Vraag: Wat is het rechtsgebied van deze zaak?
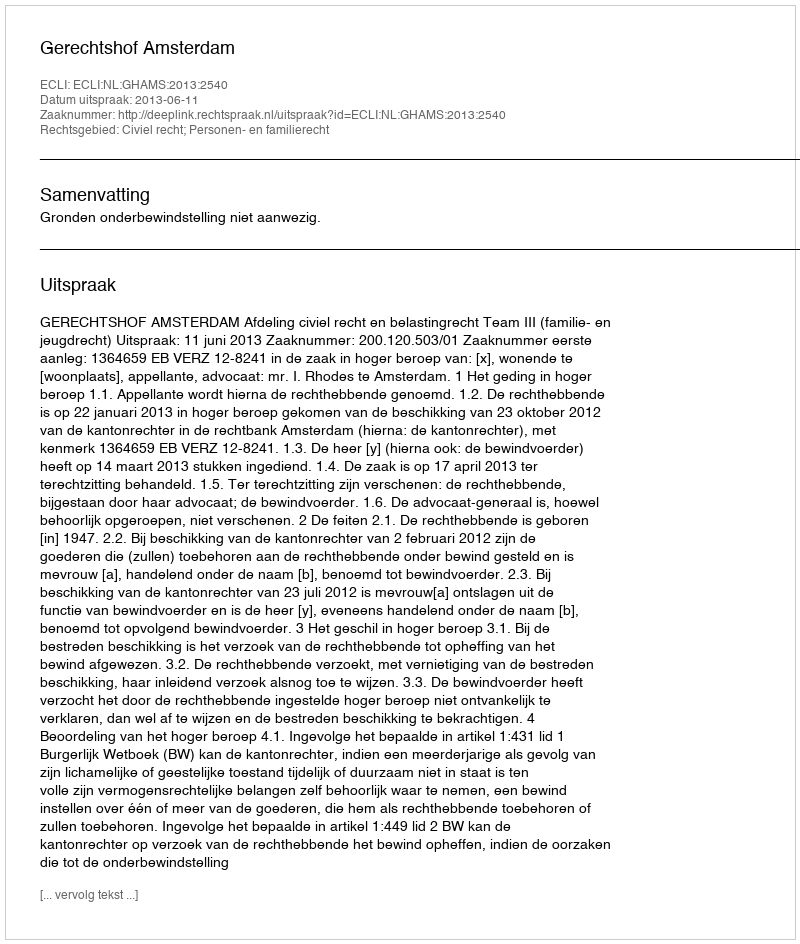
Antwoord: Civiel recht; Personen- en familierecht